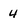
Character: 4